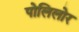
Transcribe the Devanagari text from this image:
पोलिलोर